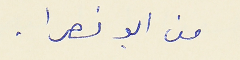
من ابو نصرا .